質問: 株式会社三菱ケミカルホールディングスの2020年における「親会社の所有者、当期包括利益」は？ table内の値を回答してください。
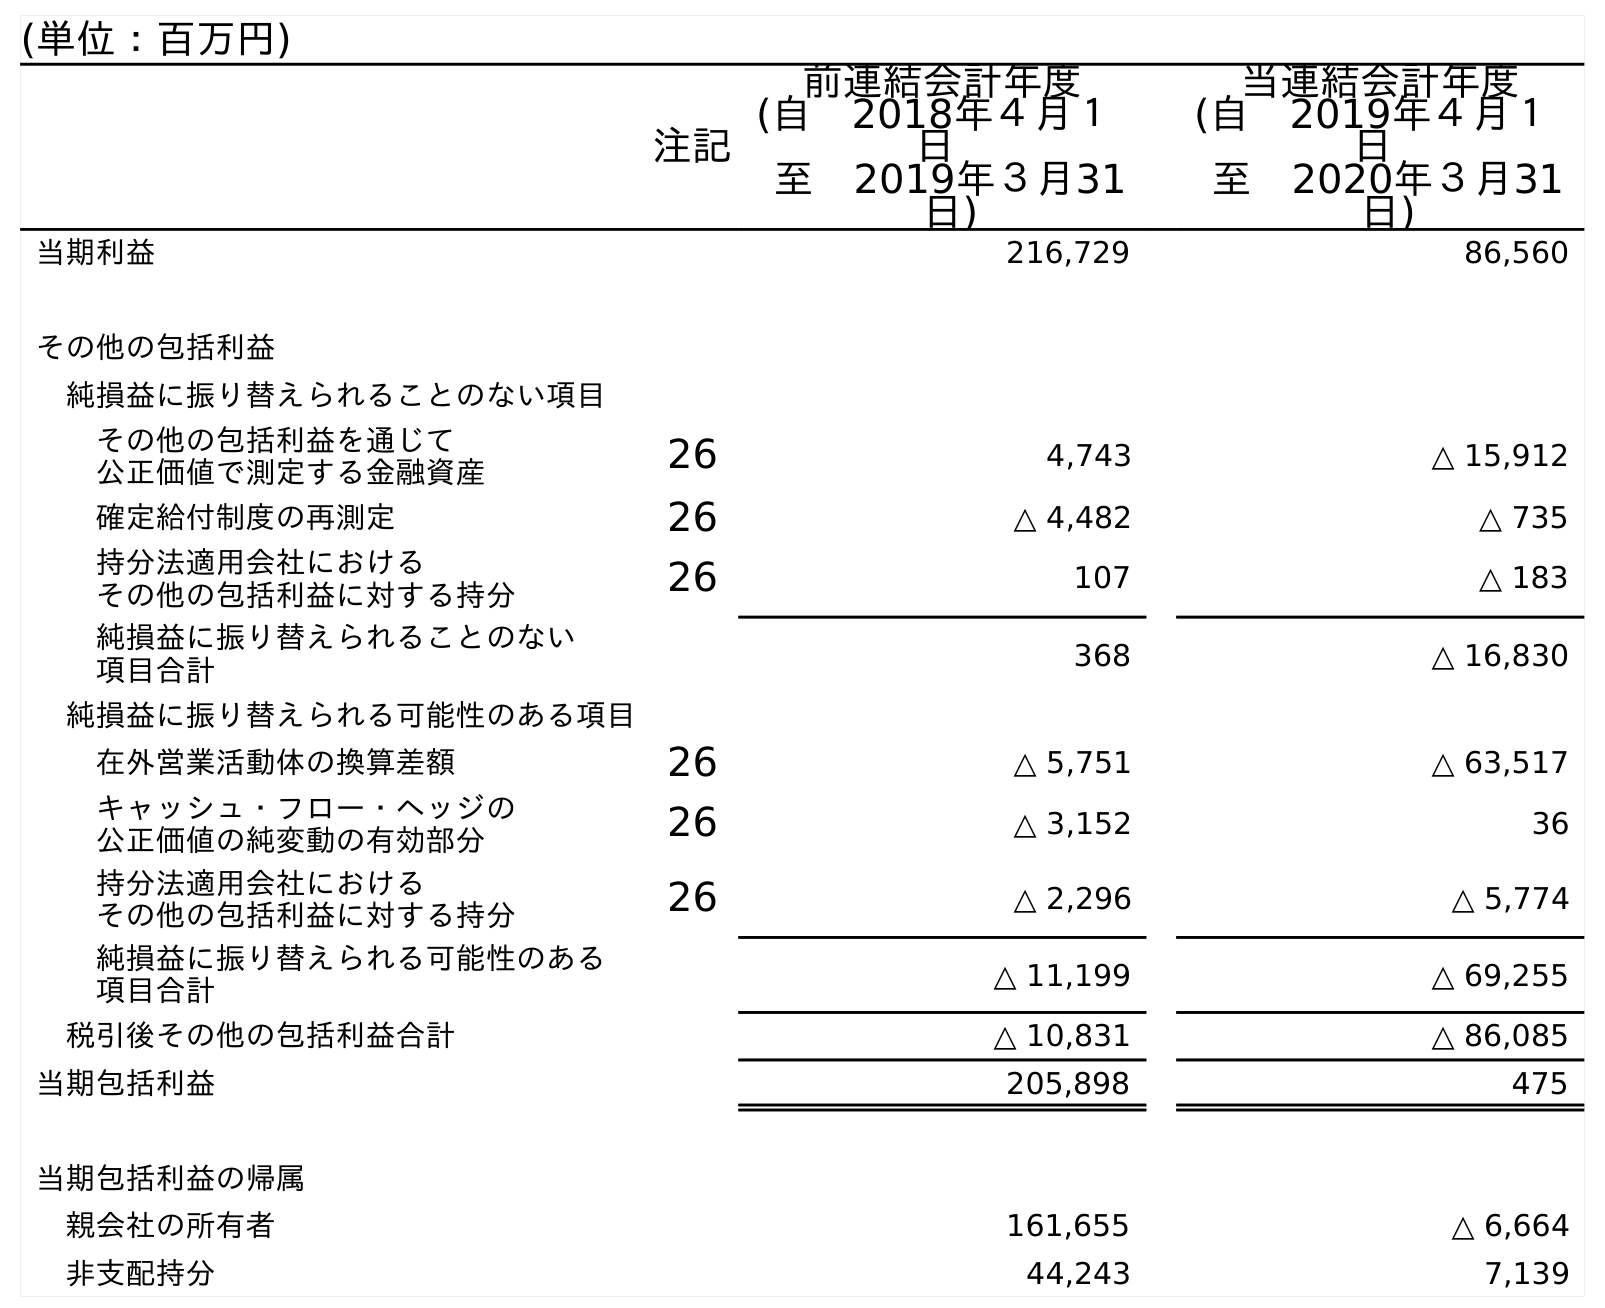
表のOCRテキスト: (単位：百万円) 注記 前連結会計年度 (自 2018年４月１ 日 至 2019年３月31 日) 当連結会計年度 (自 2019年４月１ 日 至 2020年３月31 日) 当期利益 216,729 86,560 その他の包括利益 純損益に振り替えられることのない項目 その他の包括利益を通じて 公正価値で測定する金融資産 26 4,743 △ 15,912 確定給付制度の再測定 26 △ 4,482 △ 735 持分法適用会社における その他の包括利益に対する持分 26 107 △ 183 純損益に振り替えられることのない 項目合計 368 △ 16,830 純損益に振り替えられる可能性のある項目 在外営業活動体の換算差額 26 △ 5,751 △ 63,517 キャッシュ・フロー・ヘッジの 公正価値の純変動の有効部分 26 △ 3,152 36 持分法適用会社における その他の包括利益に対する持分 26 △ 2,296 △ 5,774 純損益に振り替えられる可能性のある 項目合計 △ 11,199 △ 69,255 税引後その他の包括利益合計 △ 10,831 △ 86,085 当期包括利益 205,898 475 当期包括利益の帰属 親会社の所有者 161,655 △ 6,664 非支配持分 44,243 7,139
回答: △6,664